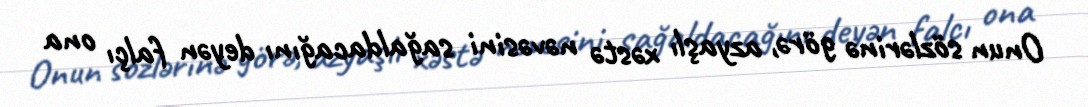
Onun sözlərinə görə, azyaşlı xəstə nəvəsini sağaldacağını deyən falçı ona